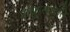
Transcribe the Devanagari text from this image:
शकुसप्तति